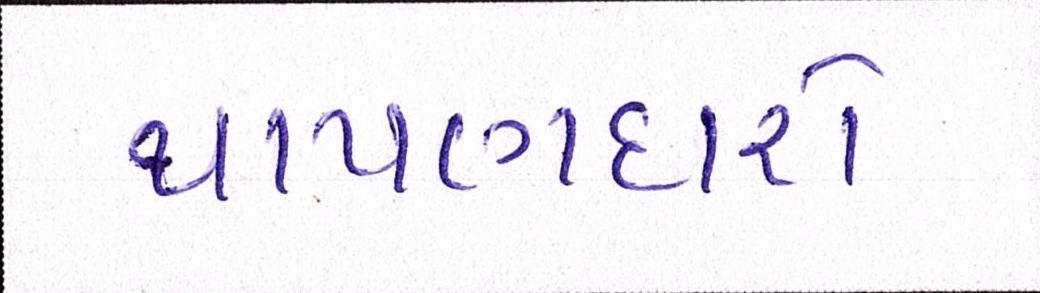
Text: થાપણદારો